Cholera in southern India
Disease focus: Cholera
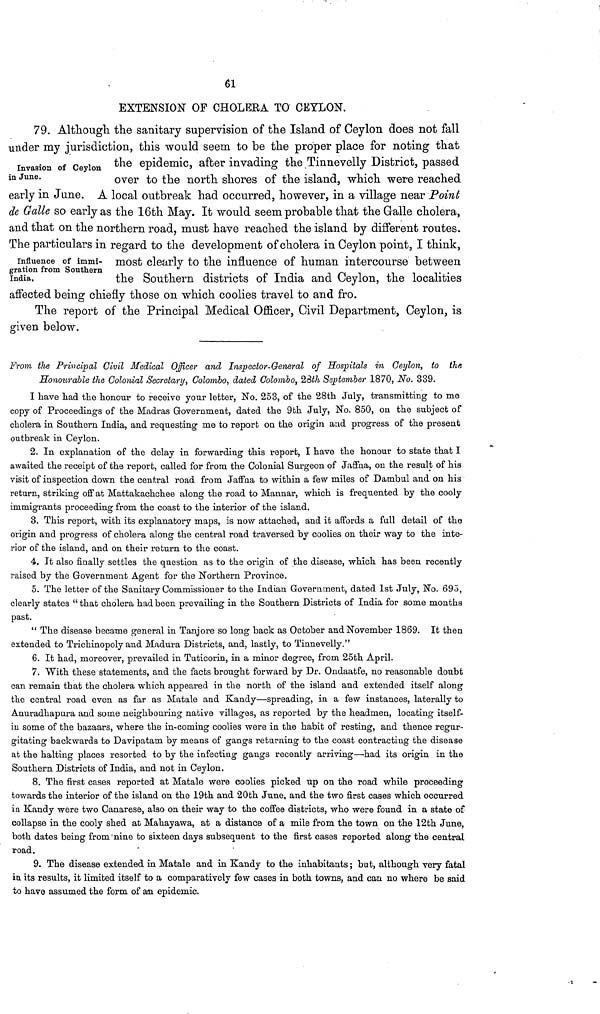
61
EXTENSION OF CHOLERA TO CEYLON.
Invasion of Ceylon
in June.
79. Although the sanitary supervision of the Island of Ceylon does not fall
under my jurisdiction, this would seem to be the proper place for noting that
the epidemic, after invading the Tinnevelly District, passed
over to the north shores of the island, which were reached
early in June. A local outbreak had occurred, however, in a village near Point
de Galle so early as the 16th May. It would seem probable that the Galle cholera,
and that on the northern road, must have reached the island by different routes.
Influence of immi-
gration from Southern
India,
The particulars in regard to the development of cholera in Ceylon point, I think,
most clearly to the influence of human intercourse between
the Southern districts of India and Ceylon, the localities
affected being chiefly those on which coolies travel to and fro.
The report of the Principal Medical Officer, Civil Department, Ceylon, is
given below.
From the Principal Civil Medical Officer and Inspector-General of Hospitals in Ceylon, to the
Honotirable the Colonial Secretary, Colombo, dated Colombo, 28th September 1870, No. 339.
I have had the honour to receive your letter, No. 253, of the 28th July, transmitting to me
copy of Proceedings of the Madras Government, dated the 9th July, No. 850, on the subject of
cholera in Southern India, and requesting me to report on the origin and progress of the present
outbreak in Ceylon.
2. In explanation of the delay in forwarding this report, I have the honour to state that I
awaited the receipt of the report, called for from the Colonial Surgeon of Jaffna, on the result of his
visit of inspection down the central road from Jaffna to within a few miles of Dambul and on his
return, striking off at Mattakachchee along the road to Mannar, which is frequented by the cooly
immigrants proceeding from the coast to the interior of the island.
3. This report, with its explanatory maps, is now attached, and it affords a fall detail of the
origin and progress of cholera along the central road traversed by coolies on their way to the inte-
rior of the island, and on their return to the coast.
4. It also finally settles the question as to the origin of the disease, which has been recently
raised by the Government Agent for the Northern Province.
5. The letter of the Sanitary Commissioner to the Indian Government, dated 1st July, No. 695,
clearly states " that cholera had been prevailing in the Southern Districts of India for some months
past.
" The disease became general in Tanjore so long back as October and November 1869. It then
extended to Trichinopoly and Madura Districts, and, lastly, to Tinnevelly."
6. It had, moreover, prevailed in Tuticorin, in a minor degree, from 25th April.
7. "With these statements, and the facts brought forward by Dr. Ondaatfe, no reasonable doubt
can remain that the cholera which appeared in the north of the island and extended itself along
the central road even as far as Matale and Kandy—spreading, in a few instances, laterally to
Anuradhapura and some neighbouring native villages, as reported by the headmen, locating itself-
in some of the bazaars, where the in-coming coolies were in the habit of resting, and thence regur-
gitating backwards to Davipatam by means of gangs returning to the coast contracting the disease
at the halting places resorted to by the infecting gangs recently arriving—had its origin in the
Southern Districts of India, and not in Ceylon.
8. The first cases reported at Matale were coolies picked up on the road while proceeding
towards the interior of the island on the 19th and 20th June, and the two first cases which occurred
ia Kandy were two Canarese, also on their way to the coffee districts, who were found in a state of
collapse in the cooly shed at Mahayawa, at a distance of a mile from the town on the 12th June,
both dates being from nine to sixteen days subsequent to the first cases reported along the central
road.
9. The disease extended in Matale and in Kandy to the inhabitants; but, although very fatal
in its results, it limited itself to a comparatively few cases in both towns, and can no where be said
to have assumed the form of an epidemic.